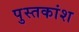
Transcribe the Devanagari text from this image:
पुस्तकांश